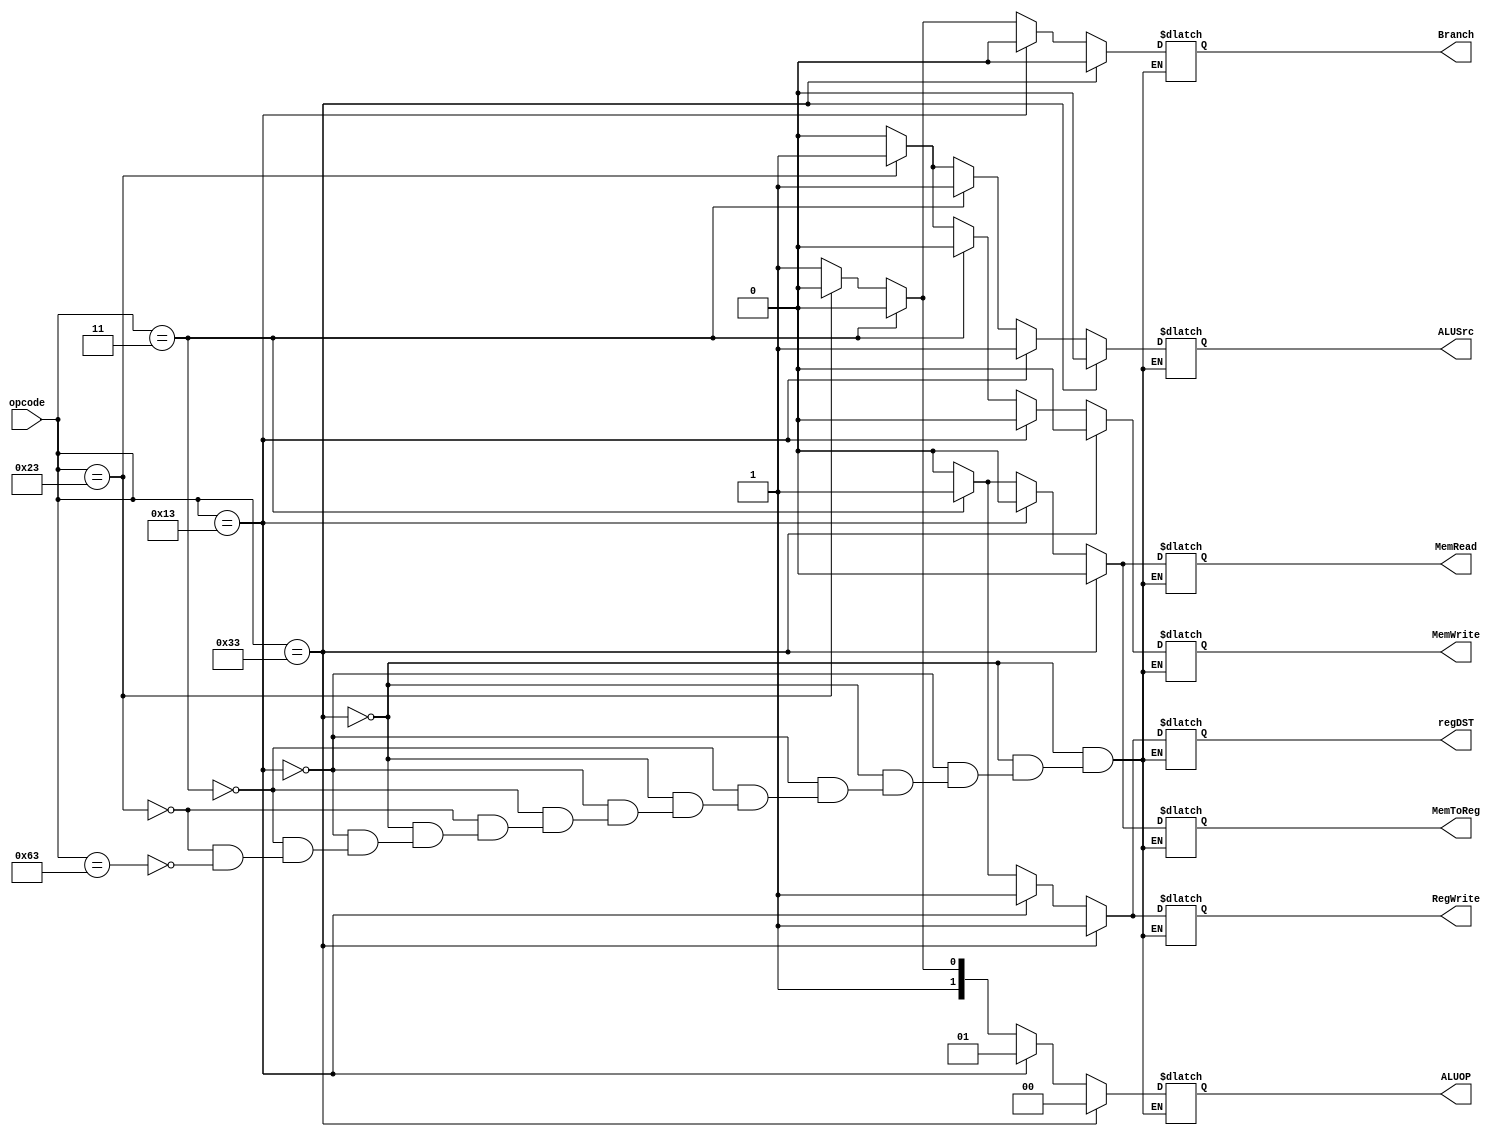
`timescale 1ns / 1ps

//////////////////////////////////////////////////////////////////////////////////
// fullname : Milad Nooraei
// student number : 9935701
// Computer Architecture HomeWork 1
//////////////////////////////////////////////////////////////////////////////////

module ControlUnit(
	input [6:0]opcode,
	
	output reg regDST,
	output reg ALUSrc,
	output reg MemToReg,
	output reg RegWrite,
	output reg MemRead,
	output reg MemWrite,
	output reg Branch,
	output reg [1:0]ALUOP
    );
	 
	 always@(opcode)
	 begin
	 
		if(opcode == 'b0110011)            //R-Type
		begin
			regDST = 1;
	      ALUSrc = 0;
			MemToReg = 0;
			RegWrite = 1;
			MemRead = 0;
			MemWrite = 0;
	      Branch = 0;
	      ALUOP = 'b00;
		end
		
		else if(opcode == 'b0010011)       //I-Type
		begin
			regDST = 1;
	      ALUSrc = 1;
			MemToReg = 0;
			RegWrite = 1;
			MemRead = 0;
			MemWrite = 0;
	      Branch = 0;
	      ALUOP = 'b01;
		end
		
		else if(opcode == 'b0000011)       //lw
		begin
			regDST = 1;
	      ALUSrc = 1;
			MemToReg = 1;
			RegWrite = 1;
			MemRead = 1;
			MemWrite = 0;
	      Branch = 0;
	      ALUOP = 'b10;
		end
		
		else if(opcode == 'b0100011)       //sw
		begin
			regDST = 0;
	      ALUSrc = 1;
			MemToReg = 0;
			RegWrite = 0;
			MemRead = 0;
			MemWrite = 1;
	      Branch = 0;
	      ALUOP = 'b10;
		end
		
		else if(opcode == 'b1100011)       //Branch
		begin
			regDST = 0;
	      ALUSrc = 0;
			MemToReg = 0;
			RegWrite = 0;
			MemRead = 0;
			MemWrite = 0;
	      Branch = 1;
	      ALUOP = 'b11;
		end
	 
	 end


endmodule